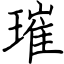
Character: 璀